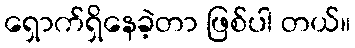
ရှောက်ရှိနေခဲ့တာ ဖြစ်ပါ တယ်။